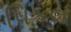
પિકલ